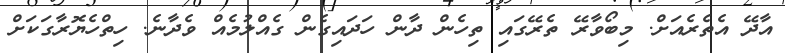
އާދޭ އެތެރެއަށް. މިބޯވާރޭ ތެރޭގައި ތިހެން ދާން ހަދައިގެން ގެއްލުމެއް ވެދާނެ. ހިތްހެޔޮރާގަކަށް